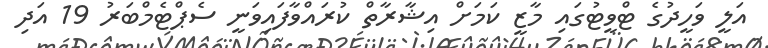
އަލީ ވަހީދުގެ ޓްވީޓުގައި މާޒީ ކަމަށް އިޝާރާތް ކުރައްވާފައިވަނީ ސެޕްޓެމްބަރު 19 އަދި